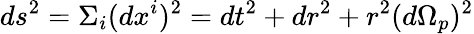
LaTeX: ds^{2}={\Sigma}_{i}(dx^{i})^{2}=dt^{2}+dr^{2}+r^{2}(d{\Omega}_{p})^{2}